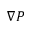
\nabla \boldsymbol { P }